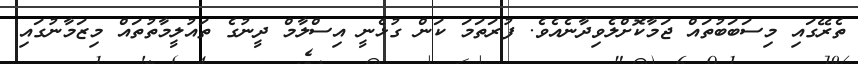
ތެރޭގައި މިސަބަބުތައް ޖަމާކޮށްލެވިދާނެއެވެ. ފުރަތަމަ ކަން ގުޅެނީ އިސްލާމް ދީނުގެ ތައުލީމާތުތައް މިޒަމާނުގައި